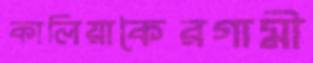
কালিয়াকৈরগামী